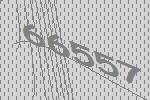
66557